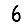
Digit: 6